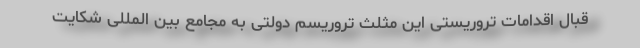
قبال اقدامات تروریستی این مثلث تروریسم دولتی به مجامع بین المللی شکایت